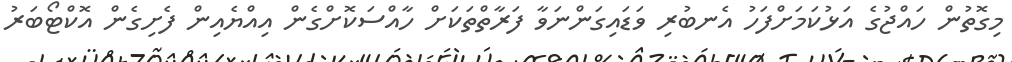
މިގޮތުން ހައްޖުގެ އަޅުކަމަށްފަހު އެނބުރި ވަޑައިގަންނަވާ ފަރާތްތަކަށް ހާއްސަކޮށްގެން އިއްޔެއިން ފެށިގެން އޮކްޓޯބަރު